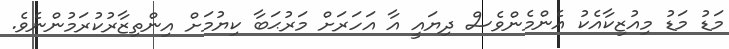
މަޑު މަޑު މިއުޒިކާއެކު އެންމެންވެސް ދިޔައީ އާ އަހަރަށް މަރުޙަބާ ކިޔުމަށް އިންތިޒާރުކުރަމުންނެވެ.